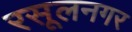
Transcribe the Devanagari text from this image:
रसूलनगर